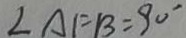
\angle A F B = 9 0 ^ { \circ }